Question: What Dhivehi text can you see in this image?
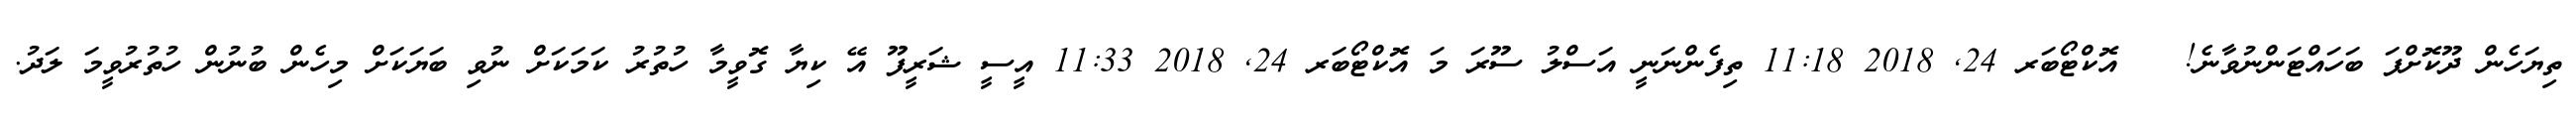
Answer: ތިޔަހެން ދޫކޮށްފަ ބަހައްޓަންނުވާނެ! ?? އޮކްޓޯބަރ 24, 2018 11:18 ތިފެންނަނީ އަސްލު ސޫރަ މަ އޮކްޓޯބަރ 24, 2018 11:33 އީސީ ޝަރީފޫ އޭ ކިޔާ ގޮވީމާ ހުތުރު ކަމަކަށް ނުވި ބަޔަކަށް މިހެން ބުނުން ހުތުރުވީމަ ލަދު.